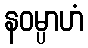
နဝမ္ပာဟံ